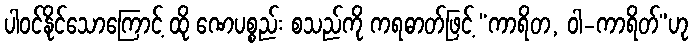
ပါဝင်နိုင်သောကြောင့် ထို ဏေပစ္စည်း စသည်ကို ကရဓာတ်ဖြင့် “ကာရိတ, ဝါ-ကာရိတ်”ဟု